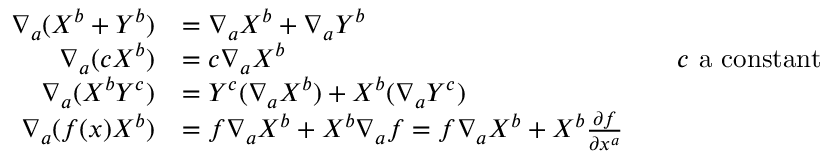
{ \begin{array} { r l r l } { \nabla _ { a } ( X ^ { b } + Y ^ { b } ) } & { = \nabla _ { a } X ^ { b } + \nabla _ { a } Y ^ { b } } \\ { \nabla _ { a } ( c X ^ { b } ) } & { = c \nabla _ { a } X ^ { b } } & & { c { \mathrm { ~ a ~ c o n s t a n t } } } \\ { \nabla _ { a } ( X ^ { b } Y ^ { c } ) } & { = Y ^ { c } ( \nabla _ { a } X ^ { b } ) + X ^ { b } ( \nabla _ { a } Y ^ { c } ) } \\ { \nabla _ { a } ( f ( x ) X ^ { b } ) } & { = f \nabla _ { a } X ^ { b } + X ^ { b } \nabla _ { a } f = f \nabla _ { a } X ^ { b } + X ^ { b } { \frac { \partial f } { \partial x ^ { a } } } } \end{array} }